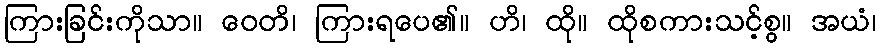
ကြားခြင်းကိုသာ။ ဝေတိ၊ ကြားရပေ၏။ ဟိ၊ ထို။ ထိုစကားသင့်စွ။ အယံ၊